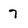
Character: 7